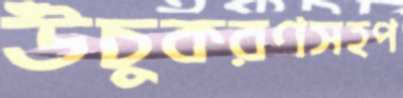
উঁচুকরণসহপ